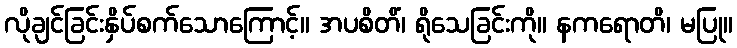
လိုချင်ခြင်းနှိပ်စက်သောကြောင့်။ အပစိတိံ၊ ရိုသေခြင်းကို။ နကရောတိ၊ မပြု။